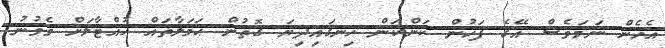
އެހެން ނަމަވެސް އޭގެ ފަހުން ކަންކަން ހިނގައިދިޔަ ގޮތުން ޙަމަލާތައް ހުއްޓާލަށް ވެވުނު